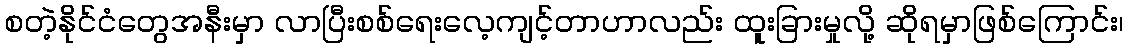
စတဲ့နိုင်ငံတွေအနီးမှာ လာပြီးစစ်ရေးလေ့ကျင့်တာဟာလည်း ထူးခြားမှုလို့ ဆိုရမှာဖြစ်ကြောင်း၊